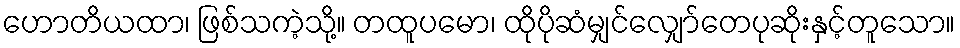
ဟောတိယထာ၊ ဖြစ်သကဲ့သို့။ တထူပမော၊ ထိုပိုဆံမျှင်လျှော်တေပုဆိုးနှင့်တူသော။